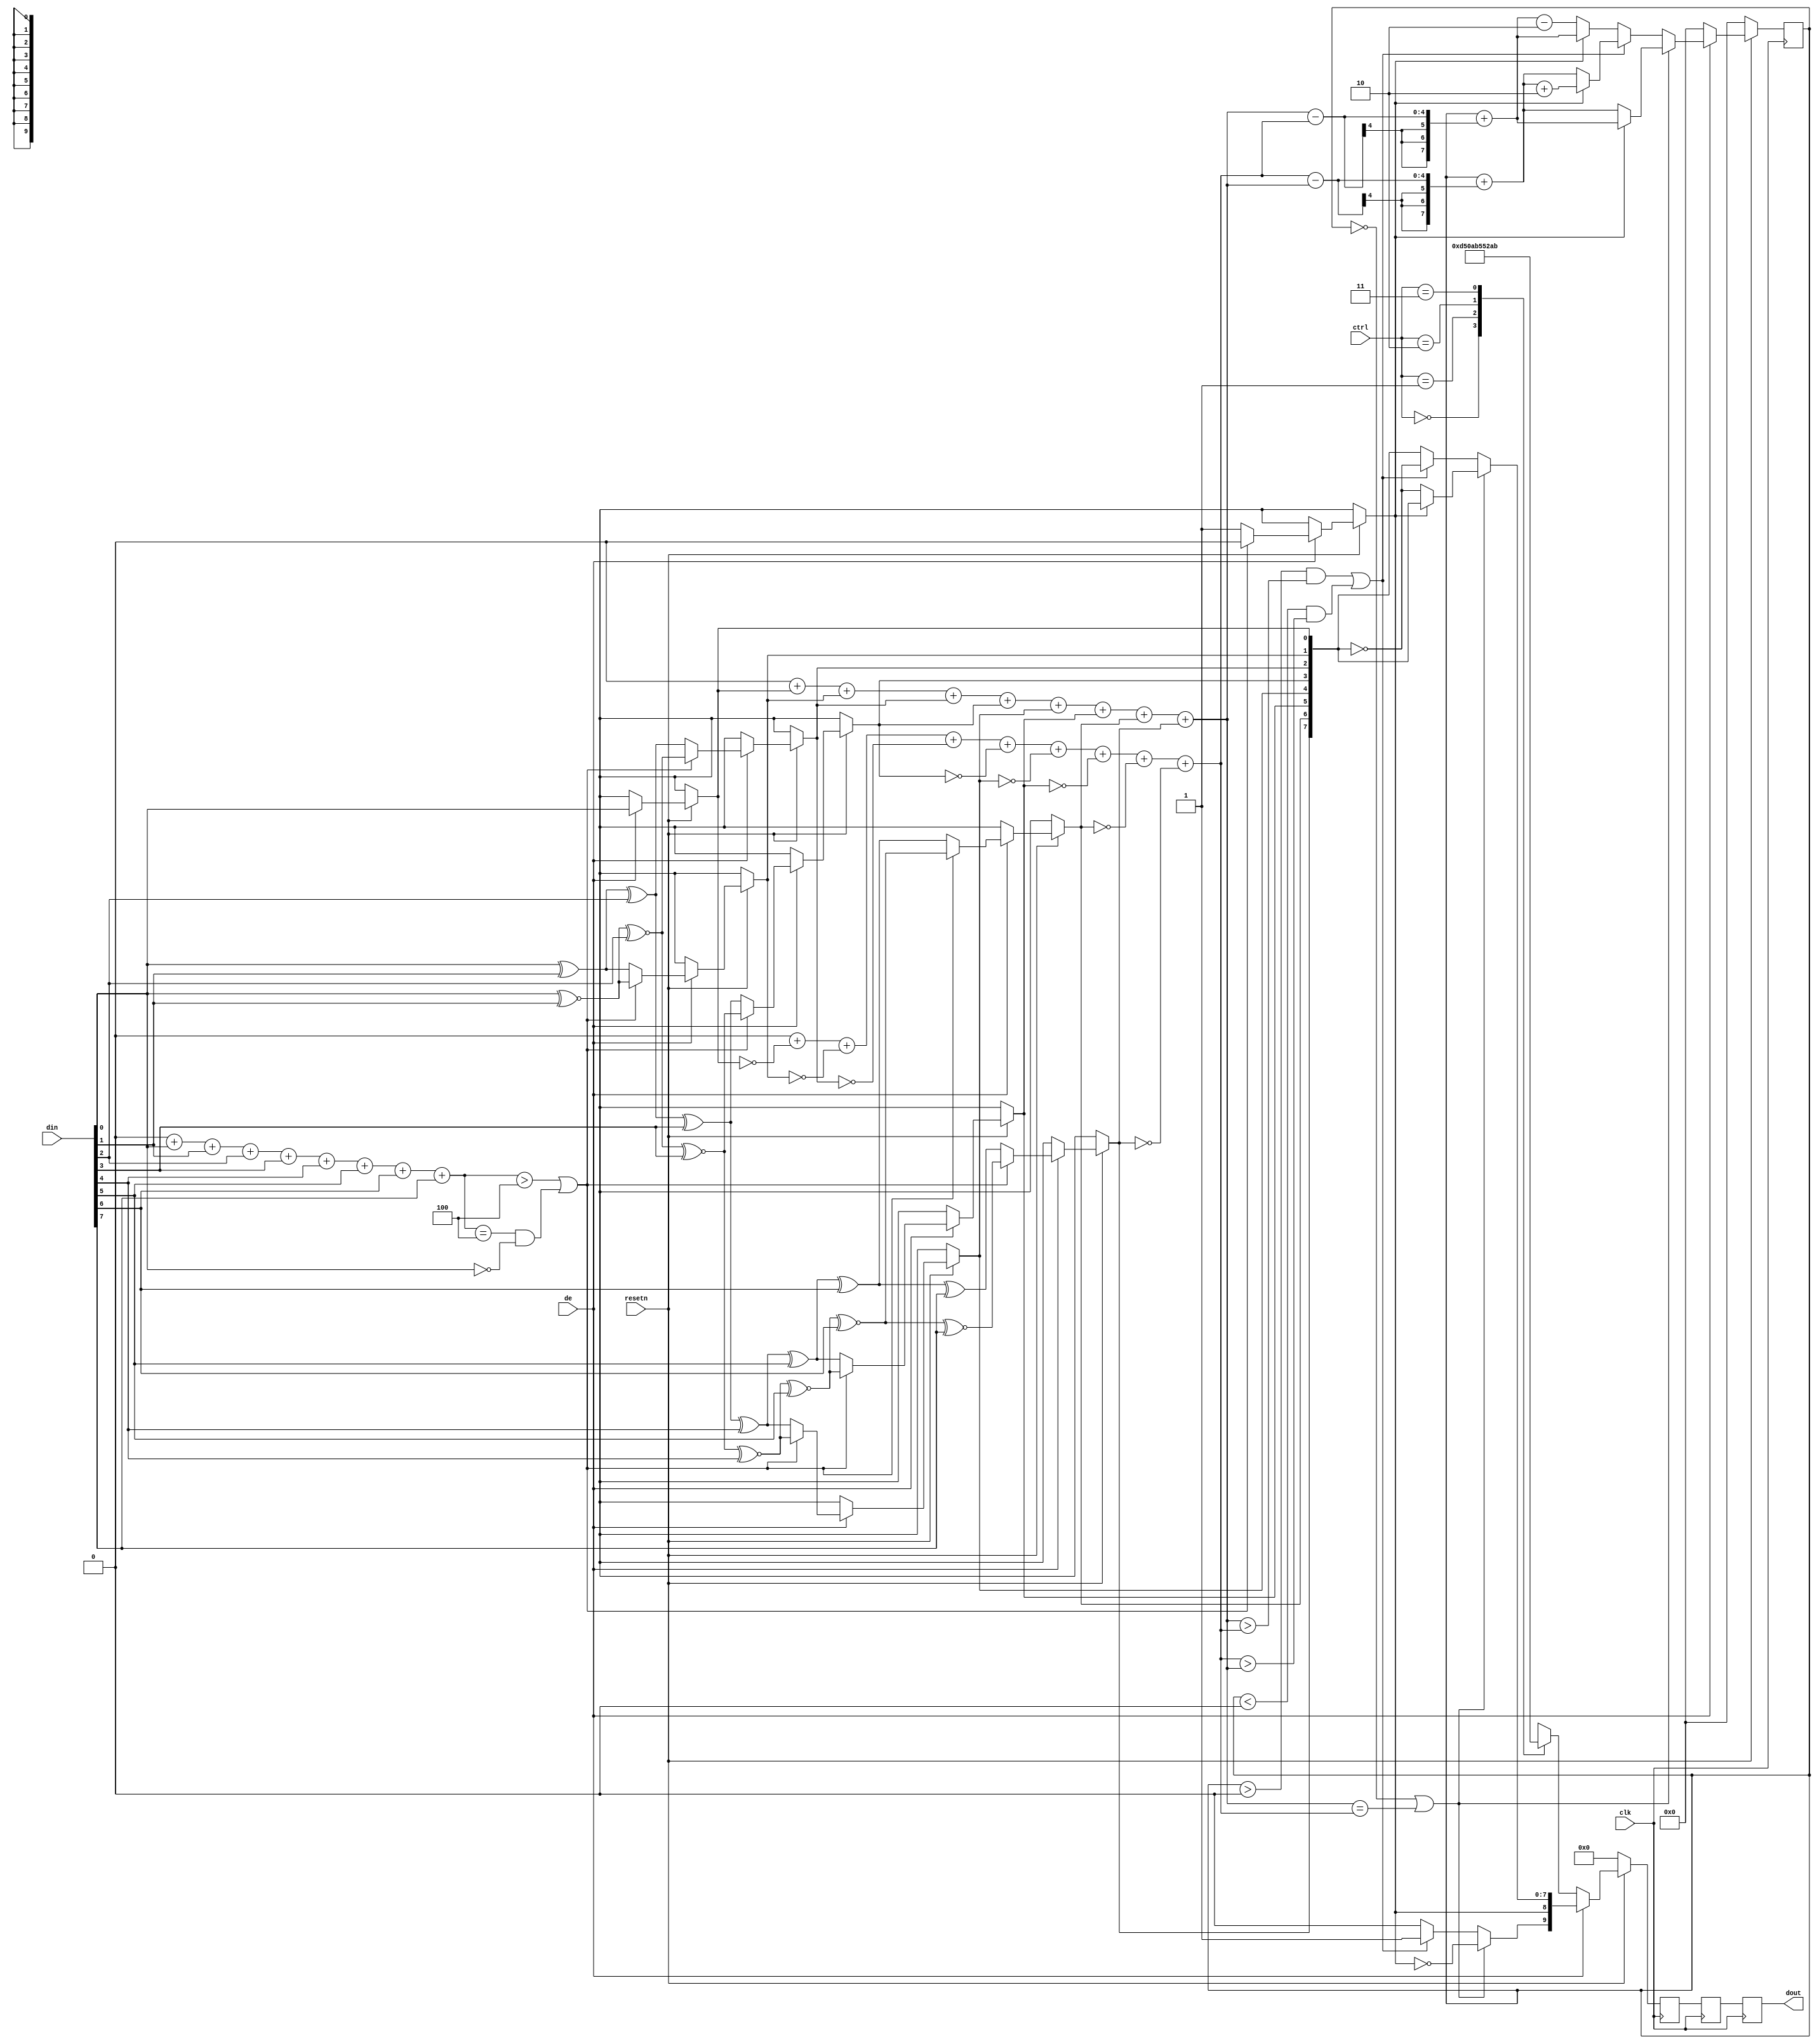
/*
 *  SVO - Simple Video Out FPGA Core
 *
 *  Copyright (C) 2014  Clifford Wolf <clifford@clifford.at>
 *  
 *  Permission to use, copy, modify, and/or distribute this software for any
 *  purpose with or without fee is hereby granted, provided that the above
 *  copyright notice and this permission notice appear in all copies.
 *  
 *  THE SOFTWARE IS PROVIDED "AS IS" AND THE AUTHOR DISCLAIMS ALL WARRANTIES
 *  WITH REGARD TO THIS SOFTWARE INCLUDING ALL IMPLIED WARRANTIES OF
 *  MERCHANTABILITY AND FITNESS. IN NO EVENT SHALL THE AUTHOR BE LIABLE FOR
 *  ANY SPECIAL, DIRECT, INDIRECT, OR CONSEQUENTIAL DAMAGES OR ANY DAMAGES
 *  WHATSOEVER RESULTING FROM LOSS OF USE, DATA OR PROFITS, WHETHER IN AN
 *  ACTION OF CONTRACT, NEGLIGENCE OR OTHER TORTIOUS ACTION, ARISING OUT OF
 *  OR IN CONNECTION WITH THE USE OR PERFORMANCE OF THIS SOFTWARE.
 *
 */

`timescale 1ns / 1ps
//`include "svo_defines.vh"

module svo_tmds (
	input clk, resetn, de,
	input [1:0] ctrl,
	input [7:0] din,
	output reg [9:0] dout
);


	// Variable and function names below match the spec names for
	// better readability when comparing to spec encoder flow diagram.
	wire [7:0] D = din;

	function [3:0] N1;
		// Count the number of '1' bits.
		input [7:0] bits;
		integer i;
		begin
			N1 = 0;
			for (i = 0; i < 8; i = i+1)
				N1 = N1 + bits[i];
		end
	endfunction

	function [3:0] N0;
		// Count the number of '0' bits.
		input [7:0] bits;
		integer i;
		begin
			N0 = 0;
			for (i = 0; i < 8; i = i+1)
				N0 = N0 + !bits[i];
		end
	endfunction

	reg [9:0] dout_buf2, q_out, q_out_next;
	reg [3:0] N0_q_m, N1_q_m;
	reg signed [7:0] cnt, cnt_next, cnt_tmp;
	reg [8:0] q_m;

	always @(posedge clk) begin
		if (!resetn) begin
			cnt   <= 0; // Data stream disparity count used for DC balance
			q_out <= 0;
		end else if (!de) begin
			cnt   <= 0; // Reset disaprity when not actively displaying
			case (ctrl) // See spec section "Control Period Coding"
				2'b00: q_out <= 10'b1101010100;
				2'b01: q_out <= 10'b0010101011;
				2'b10: q_out <= 10'b0101010100;
				2'b11: q_out <= 10'b1010101011;
			endcase
		end else begin
			// See spec flow diagram in section "Video Data Coding"
			if ((N1(D) > 4) | ((N1(D) == 4) & (D[0] == 0))) begin
				q_m[0] =           D[0];
				q_m[1] = q_m[0] ^~ D[1];
				q_m[2] = q_m[1] ^~ D[2];
				q_m[3] = q_m[2] ^~ D[3];
				q_m[4] = q_m[3] ^~ D[4];
				q_m[5] = q_m[4] ^~ D[5];
				q_m[6] = q_m[5] ^~ D[6];
				q_m[7] = q_m[6] ^~ D[7];
				q_m[8] = 1'b0;
			end
			else begin
				q_m[0] =          D[0];
				q_m[1] = q_m[0] ^ D[1];
				q_m[2] = q_m[1] ^ D[2];
				q_m[3] = q_m[2] ^ D[3];
				q_m[4] = q_m[3] ^ D[4];
				q_m[5] = q_m[4] ^ D[5];
				q_m[6] = q_m[5] ^ D[6];
				q_m[7] = q_m[6] ^ D[7];
				q_m[8] = 1'b1;
			end

			N0_q_m = N0(q_m[7:0]);
			N1_q_m = N1(q_m[7:0]);

			if ((cnt == 0) | (N1_q_m == N0_q_m)) begin
				q_out_next[9]    = ~q_m[8];
				q_out_next[8]    =  q_m[8];
				q_out_next[7:0]  = (q_m[8] ? q_m[7:0] : ~q_m[7:0]);
				if (q_m[8] == 0) begin
					cnt_next = cnt + (N0_q_m - N1_q_m);
				end else begin
					cnt_next = cnt + (N1_q_m - N0_q_m);
				end
			end else if (((cnt > 0) & (N1_q_m > N0_q_m)) | (((cnt < 0) & (N0_q_m > N1_q_m)))) begin
				q_out_next[9]    =  1'b1;
				q_out_next[8]    =  q_m[8];
				q_out_next[7:0]  = ~q_m[7:0];
				cnt_tmp          = cnt + (N0_q_m - N1_q_m);
				if (q_m[8]) begin
					cnt_next = cnt_tmp + 2'h2;
				end else begin
					cnt_next = cnt_tmp;
				end
			end else begin
				q_out_next[9]    =  1'b0;
				q_out_next[8]    =  q_m[8];
				q_out_next[7:0]  =  q_m[7:0];
				cnt_tmp          = cnt + (N1_q_m - N0_q_m);
				if (q_m[8]) begin
					cnt_next = cnt_tmp;
				end else begin
					cnt_next = cnt_tmp - 2'h2;
				end
			end
			cnt   <= cnt_next;
			q_out <= q_out_next;
		end

		// add two additional ff stages, give synthesis retime some slack to work with
		dout_buf2 <= q_out;
		dout <= dout_buf2;
	end
endmodule